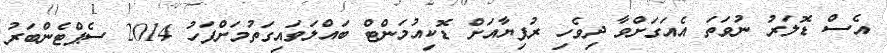
އެސް ޑޮލަރު ނުވަތަ އެއަގަށްވާ ދިވެހި ރުފިޔާއަށް ޑޮކިއުމަންޓް ބައްލަވައިގަތުމަށްފަހު 2014 ސެޕްޓެންބަރު